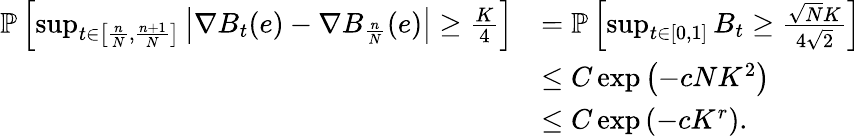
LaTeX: \begin{array}{rl}{\mathbb{P}\left[\operatorname*{sup}_{t\in\left[\frac{n}{N},\frac{n+1}{N}\right]}\left|\nabla B_{t}(e)-\nabla B_{\frac{n}{N}}(e)\right|\geq\frac{K}{4}\right]}&{=\mathbb{P}\left[\operatorname*{sup}_{t\in\left[0,1\right]}B_{t}\geq\frac{\sqrt{N}K}{4\sqrt{2}}\right]}\\ &{\leq C\exp\left(-cNK^{2}\right)}\\ &{\leq C\exp\left(-cK^{r}\right).}\end{array}